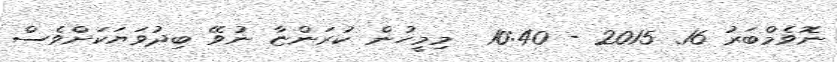
ނޮވެމްބަރު 16